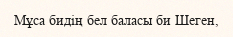
Мұса бидің бел баласы би Шеген,